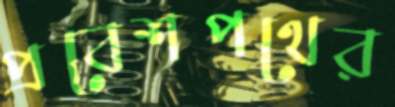
প্রবেশপথের